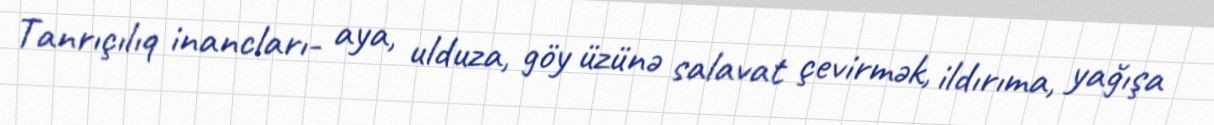
Tanrıçılıq inancları- aya, ulduza, göy üzünə salavat çevirmək, ildırıma, yağışa